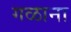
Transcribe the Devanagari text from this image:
गळाना